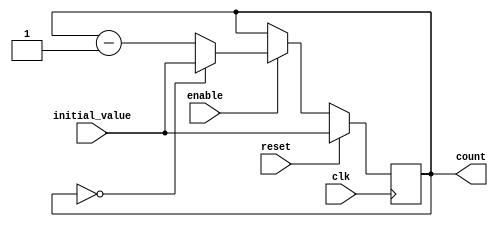
module BCD_Down_Counter_with_Enable(
    input wire clk,
    input wire reset,
    input wire enable,
    input wire [3:0] initial_value,
    output reg [3:0] count
);

always @(posedge clk) begin
    if (reset) begin
        count <= initial_value;
    end else begin
        if (enable) begin
            if (count == 4'b0000) begin
                count <= initial_value;
            end else begin
                count <= count - 1;
            end
        end
    end
end

endmodule